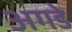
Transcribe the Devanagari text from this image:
अगडे